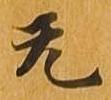
无